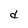
Character: d